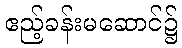
ဧည့်ခန်းမဆောင်၌